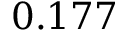
0 . 1 7 7